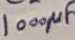
Text: 1000µF